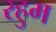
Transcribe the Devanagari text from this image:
रहुम